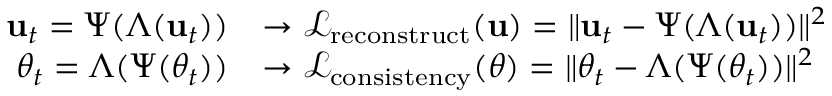
\begin{array} { r l } { \mathbf { u } _ { t } = \Psi ( \Lambda ( \mathbf { u } _ { t } ) ) } & { \rightarrow \mathcal { L } _ { \mathrm { r e c o n s t r u c t } } ( \mathbf { u } ) = \| \mathbf { u } _ { t } - \Psi ( \Lambda ( \mathbf { u } _ { t } ) ) \| ^ { 2 } } \\ { \theta _ { t } = \Lambda ( \Psi ( \theta _ { t } ) ) } & { \rightarrow \mathcal { L } _ { \mathrm { c o n s i s t e n c y } } ( \theta ) = \| \theta _ { t } - \Lambda ( \Psi ( \theta _ { t } ) ) \| ^ { 2 } } \end{array}